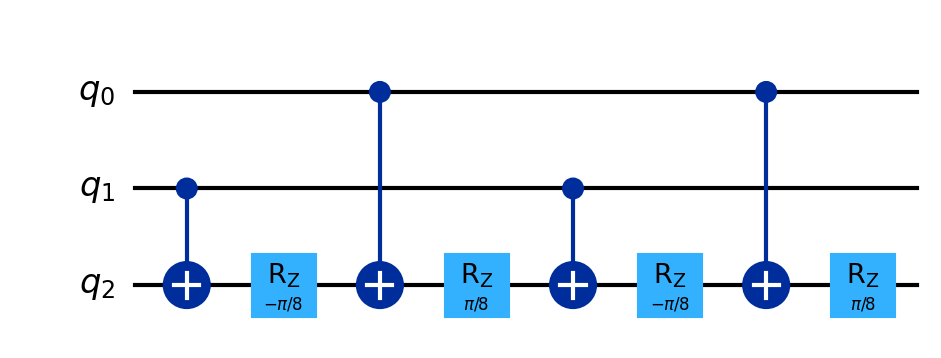
Description: CCRz: doubly-controlled Rz decomposed into CNOT+Rz
描述: CCRz：双重受控Rz分解为CNOT+Rz
Category: gate_coverage (difficulty: basic)
Qubits: 3, circuit depth: 8

Braket implementation:
import math
from braket.circuits import Circuit
# CCRz(π/4) decomposed
circuit = Circuit()
circuit.cnot(1, 2)
circuit.rz(2, -math.pi / 8)
circuit.cnot(0, 2)
circuit.rz(2, math.pi / 8)
circuit.cnot(1, 2)
circuit.rz(2, -math.pi / 8)
circuit.cnot(0, 2)
circuit.rz(2, math.pi / 8)